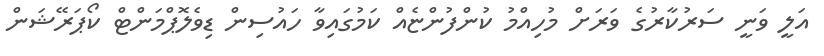
އަލީ ވަނީ ސަރުކާރުގެ ވަރަށް މުހިއްމު ކުންފުންޏެއް ކަމުގައިވާ ހައުސިން ޑިވެލޮޕްމަންޓް ކޯޕަރޭޝަން